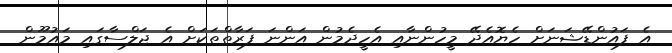
އެ ފައުންޑޭޝަނަށް ހެޔޮއެދޭ މީހުންނާއި އެހީދެމުން އަންނަ ފަރާތްތަކަށް އެ ޖަލްސާގައި މައުމޫން